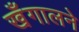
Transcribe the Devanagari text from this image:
खँगालने